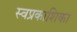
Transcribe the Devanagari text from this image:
स्वप्रकाशिका